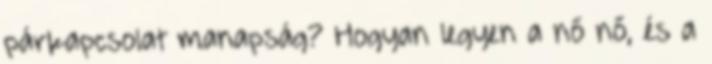
párkapcsolat manapság? Hogyan legyen a nő nő, és a